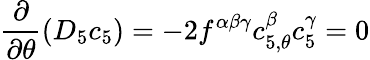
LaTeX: \frac{\partial}{\partial\theta}(D_{5}c_{5})=-2f^{\alpha\beta\gamma}c_{5,\theta}^{\beta}c_{5}^{\gamma}=0